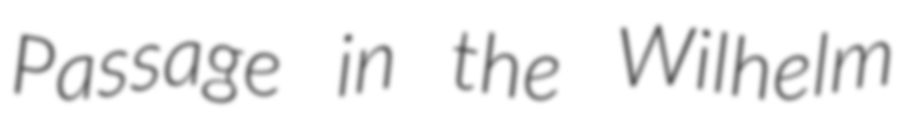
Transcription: Passage in the Wilhelm